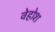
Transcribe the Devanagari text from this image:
वेहोश